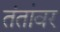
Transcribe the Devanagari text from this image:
तंतांवर